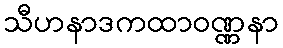
သီဟနာဒကထာဝဏ္ဏနာ